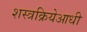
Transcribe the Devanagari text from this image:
शस्त्रक्रियेआधी